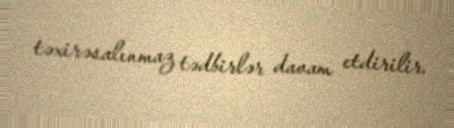
təxirəsalınmaz tədbirlər davam etdirilir.